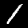
Label: 1